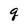
Character: q